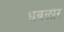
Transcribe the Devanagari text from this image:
धवळार